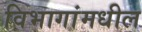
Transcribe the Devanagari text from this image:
विभागांमधील